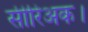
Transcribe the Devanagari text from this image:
सीरिअक।